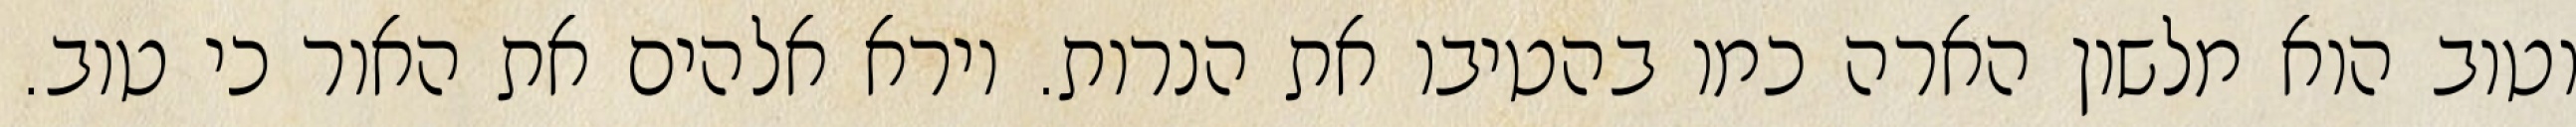
וטוב הוא מלשון הארה כמו בהטיבו את הנרות. וירא אלהים את האור כי טוב.